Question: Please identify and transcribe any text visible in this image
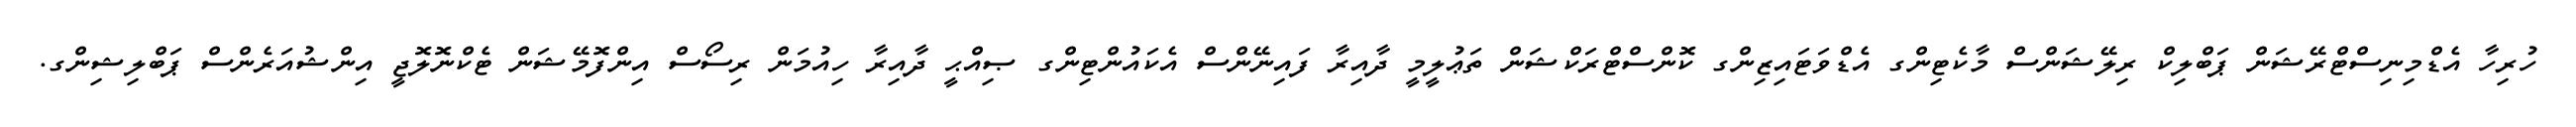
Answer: ހުރިހާ އެޑްމިނިސްޓްރޭޝަން ޕަބްލިކް ރިލޭޝަންސް މާކެޓިންގ އެޑްވަޓައިޒިންގ ކޮންސްޓްރަކްޝަން ތަޢުލީމީ ދާއިރާ ފައިނޭންސް އެކައުންޓިންގ ޞިއްޙީ ދާއިރާ ހިއުމަން ރިސޯސް އިންފޮމޭޝަން ޓެކްނޮލޮޖީ އިންޝުއަރެންސް ޕަބްލިޝިންގ.